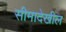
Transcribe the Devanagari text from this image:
सीमादेखील